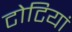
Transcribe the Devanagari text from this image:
टोटियां